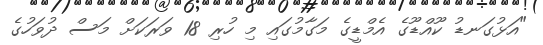
"އަޅުގަނޑު ކޫއްޑޫގެ އެމްޑީގެ މަގާމުގައި މި ހުރި 18 ވަރަކަށް މަސް ދުވަހުގެ